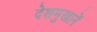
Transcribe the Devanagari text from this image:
देशमुखानें